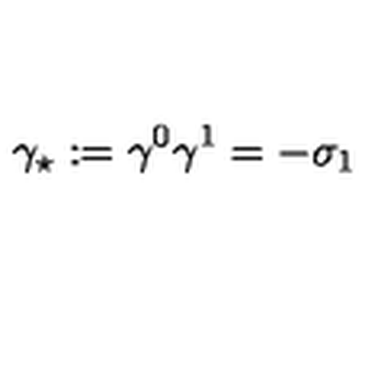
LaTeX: \gamma _ { \star } : = \gamma ^ { 0 } \gamma ^ { 1 } = - \sigma _ { 1 }